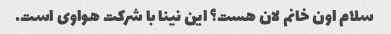
سلام اون خانم لان هست؟ این نینا با شرکت هواوی است.